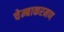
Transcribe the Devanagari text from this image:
चेम्बाकरमण